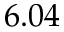
6 . 0 4